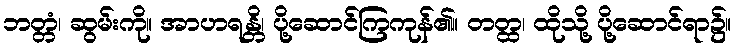
ဘတ္တံ၊ ဆွမ်းကို။ အာဟရန္တိ၊ ပို့ဆောင်ကြကုန်၏။ တတ္ထ၊ ထိုသို့ ပို့ဆောင်ရာ၌။